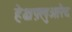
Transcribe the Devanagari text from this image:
हेक्षफ़्लुओरैद